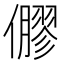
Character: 𠐋